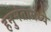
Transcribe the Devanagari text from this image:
हनुमंतामध्ये